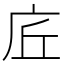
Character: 𢇹